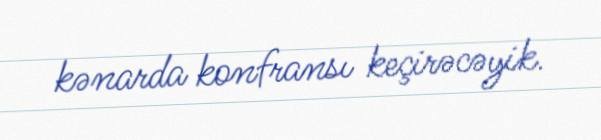
kənarda konfransı keçirəcəyik.